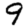
Digit: 9